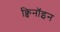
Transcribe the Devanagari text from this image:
क्विनॉइन